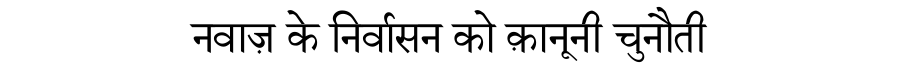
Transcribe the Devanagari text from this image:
नवाज़ के निर्वासन को क़ानूनी चुनौती